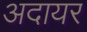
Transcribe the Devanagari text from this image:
अदायर